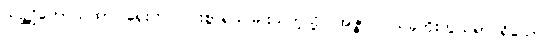
သဉ္ဇဂ္ဃိတောယထာ၊ ရှေးက ပြင်းစွာရယ်မြူးသကဲ့သို့။ အဇ္ဇာပိ၊ ယခုကိုးကွယ်ရာ ရှိသော